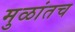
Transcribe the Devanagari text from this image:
मुळांतच